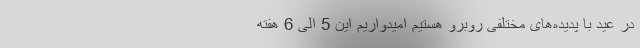
در عید با پدیده‌های مختلفی روبرو هستیم امیدواریم این 5 الی 6 هفته